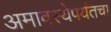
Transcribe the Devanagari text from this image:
अमावस्येपर्यंतचा